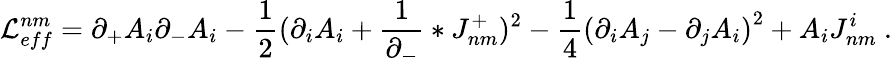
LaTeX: {\cal L}_{eff}^{nm}=\partial_{+}A_{i}\partial_{-}A_{i}-\frac 12(\partial_{i}A_{i}+\frac{1}{\partial_{-}}\ast J_{nm}^{+})^{2}-\frac 14\left(\partial_{i}{A}_{j}-\partial_{j}{A}_{i}\right)^{2}+A_{i}J_{nm}^{i}\ .